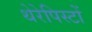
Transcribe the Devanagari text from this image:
थेरेपिस्टों